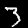
Digit: 3